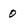
Character: 0